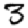
Digit: 3